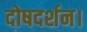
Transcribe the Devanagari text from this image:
दोषदर्शन।